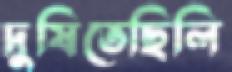
দুষিতেছিলি